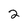
Character: 2